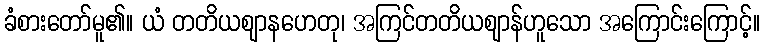
ခံစားတော်မူ၏။ ယံ တတိယဈာနဟေတု၊ အကြင်တတိယဈာန်ဟူသော အကြောင်းကြောင့်။